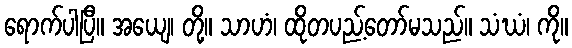
ရောက်ပါပြီ။ အယျေ၊ တို့။ သာဟံ၊ ထိုတပည့်တော်မသည်။ သံဃံ၊ ကို။